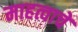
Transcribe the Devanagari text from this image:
माहत्वाचे